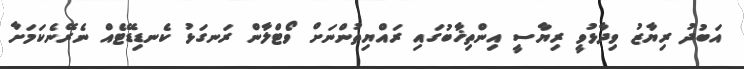
އަބުދު ރިޔާޒު ވިދާޅުވީ ރިޔާސީ އިންތިޚާބުގައި ރައްޔިތުންނަށް ވޯޓްލާން ރަނގަޅު ކެނޑިޑޭޓެއް ނެރޭނެކަމަށާ